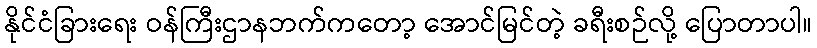
နိုင်ငံခြားရေး ဝန်ကြီးဌာနဘက်ကတော့ အောင်မြင်တဲ့ ခရီးစဉ်လို့ ပြောတာပါ။